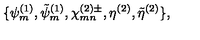
\{ \psi _ { m } ^ { ( 1 ) } , \tilde { \psi } _ { m } ^ { ( 1 ) } , \chi _ { m n } ^ { ( 2 ) \pm } , \eta ^ { ( 2 ) } , \tilde { \eta } ^ { ( 2 ) } \} ,